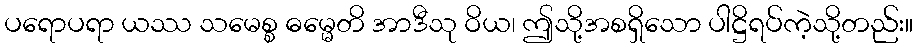
ပရောပရာ ယဿ သမေစ္စ ဓမ္မေတိ အာဒီသု ဝိယ၊ ဤသို့အစရှိသော ပါဋ္ဌိရပ်ကဲ့သို့တည်း။